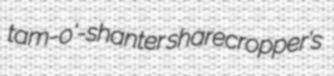
tam-o'-shanter sharecropper's